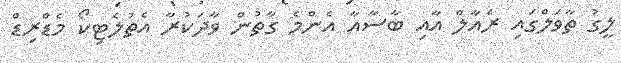
ލީގު ތާވަލްގައި ރެއާލް އާއި ބާސާއާ އެންމެ ގާތުން ވާދަކުރާ އެތުލެޓިކޯ މެޑްރިޑް